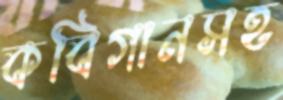
কবিগানসহ